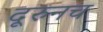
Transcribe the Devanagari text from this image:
दूरुनच